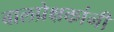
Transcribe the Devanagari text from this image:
बालप्रेक्षकांनी